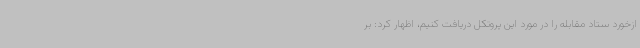
ازخورد ستاد مقابله را در مورد این پروتکل دریافت کنیم، اظهار کرد: بر